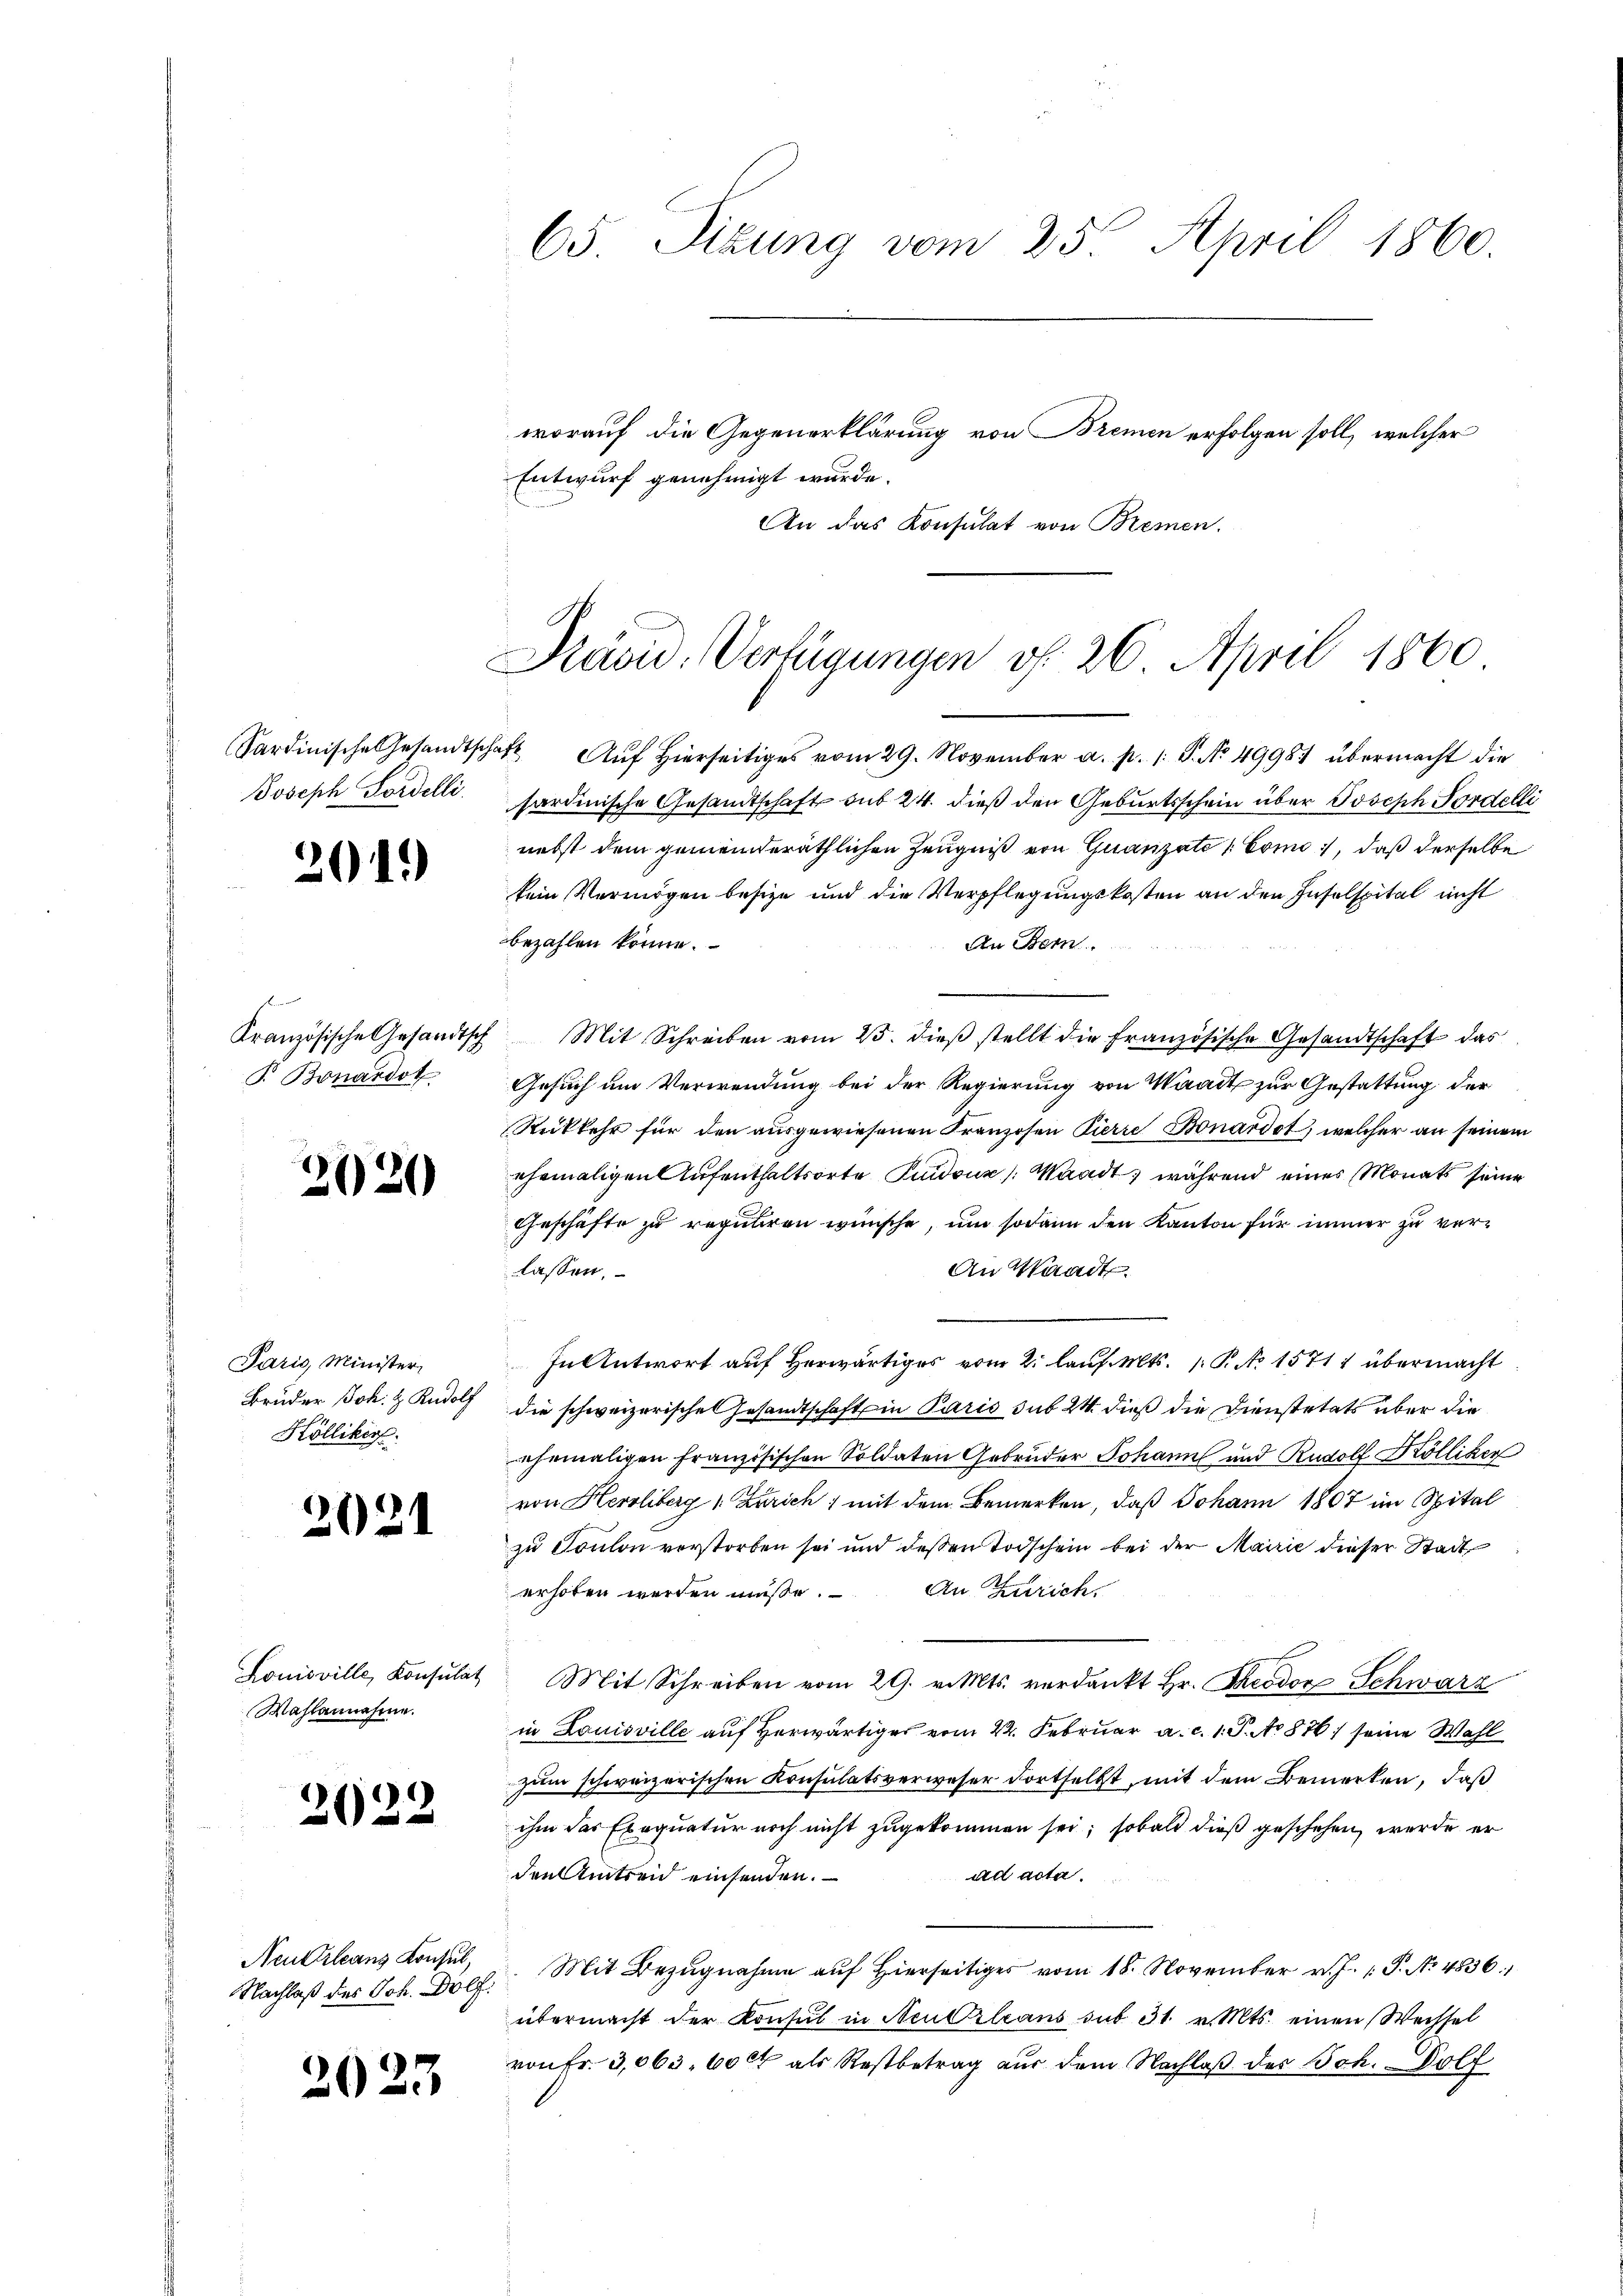
Sardinische Gesandtscha¬
Joseph Fordelli

201.

Kranzösische Gesandtsch
P. Bonardot

2020

Paris, Minister,
Bruder Joh. & Rudolf
Kölliker.

2021

Louisville, Konsulat
Wahlannahme.

2

622

Neukrleans Konsul,
Nachlaß des Joh. Dölf.

2023

65. Sizung vom 25. April 1860.
worauf die Gegenerklärung von Bremen erfolgen soll, welcher
Entwurf genehmigt wurde.
An das Konsulat von Bremen.

Previd. Verfügungen v. 26. April 1860

1 Auf Hierseitiges vom 29. November a. p. /: P. No 4998 übermacht die
sardinische Gesandtschaft sub 24. dieß den Geburtsschein über Joseph Fordelli
nebst dem gemeinderäthlichen Zeugniß von Quanzate (Como, daß derselbe
kein Vermögen besize und die Verpflegungskosten an den Inselspital nicht
bezahlen könne.
An Bern.
Mit Schreiben vom 25. dieß stellt die Französische Gesandtschaft das
Gesuch um Verwendung bei der Regierung von Waadt zur Gestattung der
Rückkehr für den ausgewiesenen Franzosen Pierre Bonardot, welcher an seinem
ehemaligen Aufenthaltsorte Pudouz /: Waadt, während eines Monats seine
Geschäfte zu reguliren wünsche, um sodann den Kanton für immer zu ver¬
An Waadt.
lassen.
In Antwort auf herwärtiges vom 2. lauf. Mts. 1. P. No 1571 1 übermacht
die schweizerische Gesandtschaft in Paris sub 24 dieß die Dienstetats über die
ehemaligen französischen Soldaten Gebrüder Johann und Rudolf Kölliker
von Herrliberg (Zürich) mit dem Bemerken, daß Johann 1807 im Spital
zu Toulon verstorben sei und deßen Todschein bei der Mairie dieser Stadt
erhoben werden müße. An Zürich
Mit Schreiben vom 29. v. Mts. verdankt Hr. Theodor Schwarz
in Louisville auf herwärtiges vom 22. Februar a. c. 1. J. No 876) seine Wahl
zum schweizerischen Konsulatsverweser dortselbst, mit dem Bemerken, daß
ihm das Exequatur noch nicht zugekommen sei; sobald dieß geschehen, werde er
ad acta.
denAmtreid einsenden.
Mit Bezugnahme auf hierseitiges vom 18. November v. J. P. No 4836. 1
übermacht der Konsul in Neu Orleans sub 31. v. Mts. einen Wechsel
von Fr. 3,063. 600 als Restbetrag aus dem Nachlaβ des Sch. Dolf